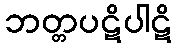
ဘတ္တပဋိပါဋိ